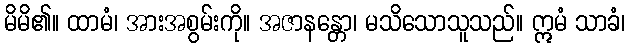
မိမိ၏။ ထာမံ၊ အားအစွမ်းကို။ အဇာနန္တော၊ မသိသောသူသည်။ ဣမံ သာခံ၊